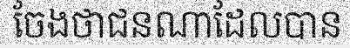
ចែងថាជនណាដែលបាន